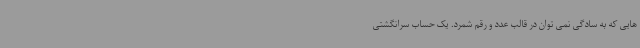
هایی که به سادگی نمی توان در قالب عدد و رقم شمرد. یک حساب سرانگشتی